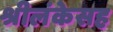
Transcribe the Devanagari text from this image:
श्रीलंकेसह